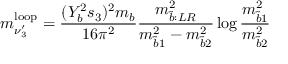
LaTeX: m _ { \nu _ { 3 } ^ { \prime } } ^ { \mathrm { { l o o p } } } = \frac { ( Y _ { b } ^ { 2 } s _ { 3 } ) ^ { 2 } m _ { b } } { 1 6 \pi ^ { 2 } } \frac { m _ { \tilde { b } : L R } ^ { 2 } } { m _ { \tilde { b } 1 } ^ { 2 } - m _ { \tilde { b } 2 } ^ { 2 } } \log { \frac { m _ { \tilde { b } 1 } ^ { 2 } } { m _ { \tilde { b } 2 } ^ { 2 } } }